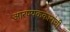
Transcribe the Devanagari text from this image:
आरण्यककारांची